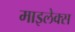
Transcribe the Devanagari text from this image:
माइलेक्स